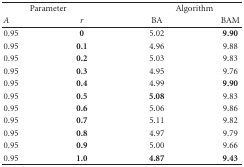
<table><thead><tr><td colspan="2"><b>Parameter</b></td><td colspan="2"><b>Algorithm</b></td></tr><tr><td><b><i>A </i></b></td><td><b>r</b></td><td><b>BA</b></td><td><b>BAM</b></td></tr></thead><tbody><tr><td>0.95</td><td><b>0</b></td><td>5.02</td><td><b>9.90</b></td></tr><tr><td>0.95</td><td><b>0.1</b></td><td>4.96</td><td>9.88</td></tr><tr><td>0.95</td><td><b>0.2</b></td><td>5.03</td><td>9.83</td></tr><tr><td>0.95</td><td><b>0.3</b></td><td>4.95</td><td>9.76</td></tr><tr><td>0.95</td><td><b>0.4</b></td><td>4.99</td><td><b>9.90</b></td></tr><tr><td>0.95</td><td><b>0.5</b></td><td><b>5.08</b></td><td>9.83</td></tr><tr><td>0.95</td><td><b>0.6</b></td><td>5.06</td><td>9.86</td></tr><tr><td>0.95</td><td><b>0.7</b></td><td>5.11</td><td>9.82</td></tr><tr><td>0.95</td><td><b>0.8</b></td><td>4.97</td><td>9.79</td></tr><tr><td>0.95</td><td><b>0.9</b></td><td>5.00</td><td>9.66</td></tr><tr><td>0.95</td><td><b>1.0</b></td><td><b>4.87</b></td><td><b>9.43</b></td></tr></tbody></table>